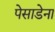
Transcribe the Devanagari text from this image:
पेसाडेना